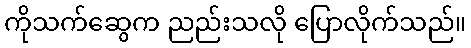
ကိုသက်ဆွေက ညည်းသလို ပြောလိုက်သည်။